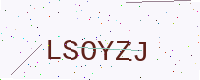
Text: LSOYZJ